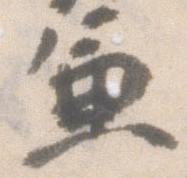
兼